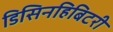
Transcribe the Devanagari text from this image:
डिसिनहिबिटरी